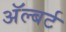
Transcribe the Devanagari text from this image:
अॅल्बर्ट